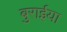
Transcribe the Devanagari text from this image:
बुरार्इया